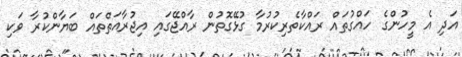
އަދި އެ މީހުންގެ ހައްގުތައް ރައްކާތެރިކުރުމާ ގުޅޭގޮތުން ރާއްޖޭގައި އިޖުރާއަތްތައް ބަޔާންކުރާ ވަކި